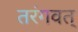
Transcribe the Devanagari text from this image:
तरंगवत्